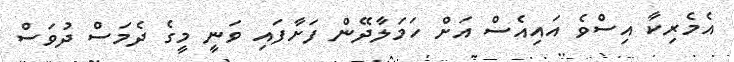
އެމެރިކާ އިސްވެ އައިއެސް އަށް ހަމަލާދޭން ފަށާފައި ވަނީ މީގެ ދެމަސް ދުވަސް